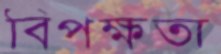
বিপক্ষতা